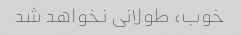
خوب، طولانی نخواهد شد